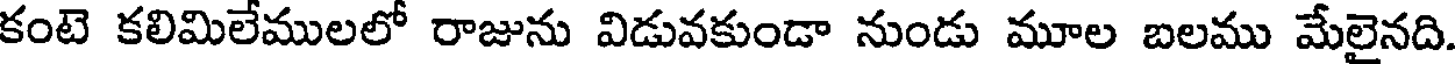
కంటె కలిమిలేములలో రాజును విడువకుండా నుండు మూల బలము మేలైనది